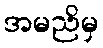
အမညိမှ